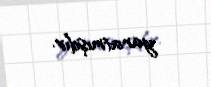
yaratmışdır.